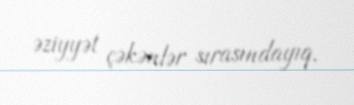
əziyyət çəkənlər sırasındayıq.